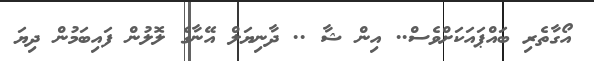
އޯގާތެރި ބައްޕައަކަށްވެސް.. އިން ޝާ .. ދާނިޔަލް އޭނާގެ ލޮލުން ފައިބަމުން ދިޔަ